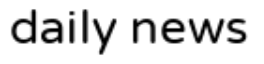
daily news